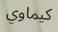
كيماوي